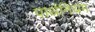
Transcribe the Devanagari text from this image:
पार्थनियम